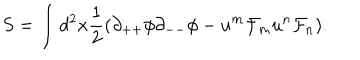
S = \int d ^ { 2 } x { \frac { 1 } { 2 } } ( \partial _ { + + } \phi \partial _ { -- } \phi - u ^ { m } { \cal F } _ { m } u ^ { n } { \cal F } _ { n } ) .